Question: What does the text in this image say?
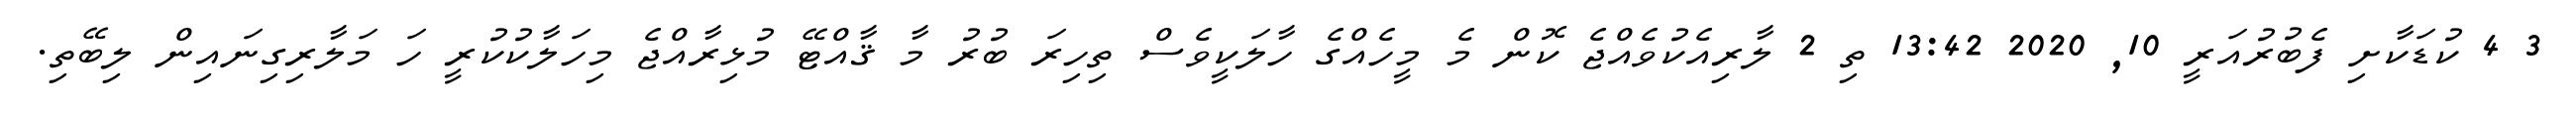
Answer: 3 4 ކުޑަކާށި ފެބުރުއަރީ 10, 2020 13:42 ތި 2 ލާރިއެކުވެއްޖެ ކޮން މެ މީހެއްގެ ހާލަކީވެސް ތިހިރަ ބުރު މާ ޤާއްޓޭ މުޅިރާއްޖެ މިހަލާކުކުރީ ހަ މަލާރިގިނައިން ލިބޭތި.